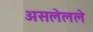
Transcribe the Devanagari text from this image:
असलेलले